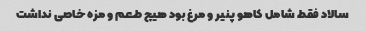
سالاد فقط شامل کاهو پنیر و مرغ بود هیچ طعم و مزه خاصی نداشت